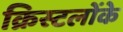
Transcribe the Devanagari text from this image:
क्रिस्टलोंके